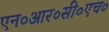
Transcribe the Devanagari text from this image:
एन०आर०सी०एच०